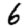
Digit: 6